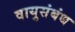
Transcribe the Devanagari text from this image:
वायुसंबंध